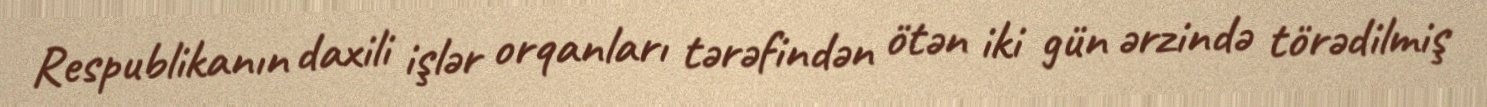
Respublikanın daxili işlər orqanları tərəfindən ötən iki gün ərzində törədilmiş